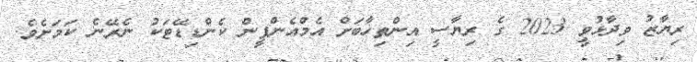
ރިޔާޒު ވިދާޅުވީ 2023 ގެ ރިޔާސީ އިންތިހާބަށް އެމްއެންޕީން ކެންޑިޑޭޓަކު ނެރޭނެ ކަމަށެވެ.